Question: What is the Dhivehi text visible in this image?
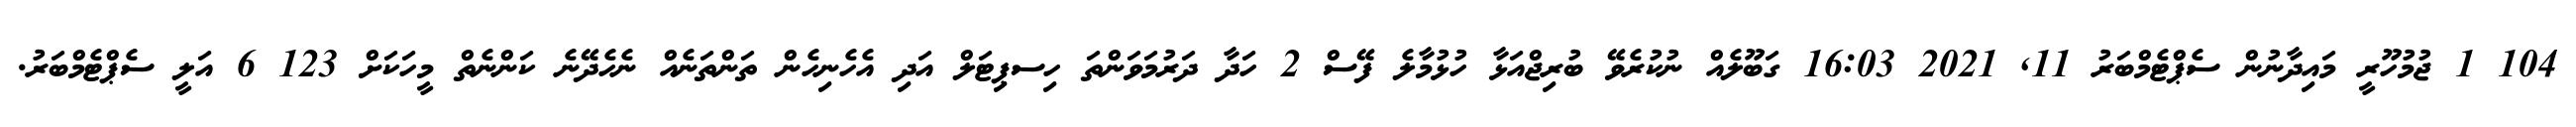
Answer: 104 1 ޖުމުހޫރީ މައިދާނުން ސެޕްޓެމްބަރު 11, 2021 16:03 ގަބޫލެއް ނުކުރެވޭ ބުރިޖްއަޅާ ހުޅުމާލެ ފޭސް 2 ހަދާ ދަރުމަވަންތަ ހިސޕިޓަލް އަދި އެހެނިހެން ތަންތަނެއް ނެހެދޭނެ ކަންނެތް މީހަކަށް 123 6 އަލީ ސެޕްޓެމްބަރު.